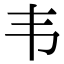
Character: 韦